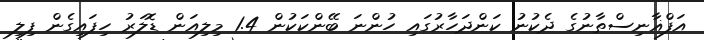
އަފްޣާނިސްތާނުގެ ދެކުނު ކަންދަހާރުގައި ހުންނަ ބޭންކަކުން 1.4 މިލިއަން ޑޮލަރު ހިފައިގެން ފިލި